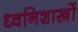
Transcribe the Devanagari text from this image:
ध्वनिशास्त्रों